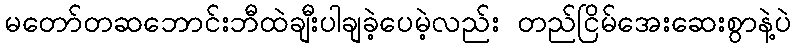
မတော်တဆဘောင်းဘီထဲချီးပါချခဲ့ပေမဲ့လည်း တည်ငြိမ်အေးဆေးစွာနဲ့ပဲ